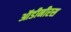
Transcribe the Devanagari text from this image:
ऑडीनीरस